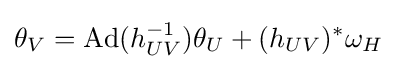
\theta _{V}=\operatorname {Ad} (h_{UV}^{-1})\theta _{U}+(h_{UV})^{*}\omega _{H}